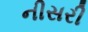
નીસરી